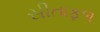
સીતાફળ